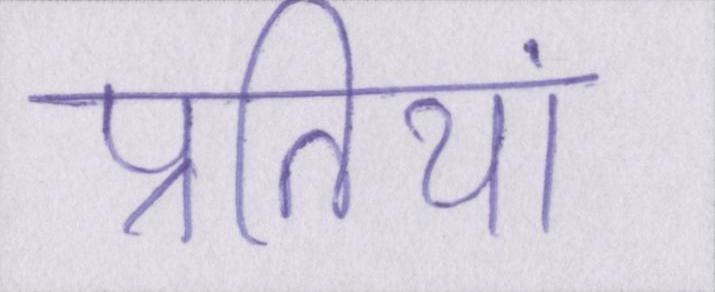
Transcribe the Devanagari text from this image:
प्रतियां